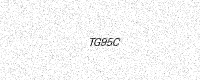
Text: TG95C